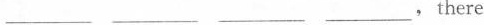
___ ___ ___ ___,there